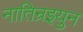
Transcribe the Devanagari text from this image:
नातिन्रइयुन